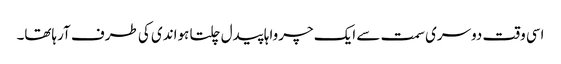
اسی وقت دوسری سمت سے ایک چرواہا پیدل چلتا ہواندی کی طرف آرہاتھا۔